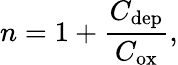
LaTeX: n=1+{\frac{C_{\mathrm{dep}}}{C_{\mathrm{ox}}}},